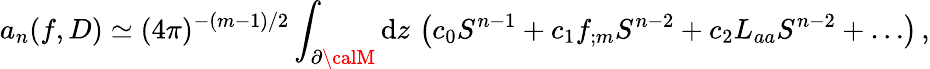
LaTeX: a_{n}(f,D)\simeq(4\pi)^{-(m-1)/2}\int_{\partial{\calM}}\mathrm{d}z\, \left(c_{0}S^{n-1}+c_{1}f_{;m}S^{n-2}+c_{2}L_{aa}S^{n-2}+\dots\right)\, ,